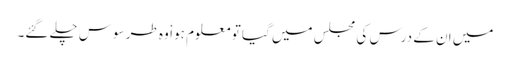
میں ان کے درس کی مجلس میں گیا تو معلوم ہوا ٗ وہ طرسوس چلے گئے۔